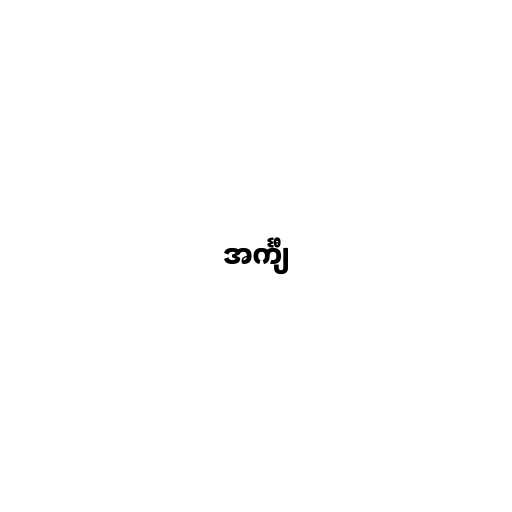
အင်္ကျီ